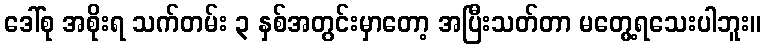
ဒေါ်စု အစိုးရ သက်တမ်း ၃ နှစ်အတွင်းမှာတော့ အပြီးသတ်တာ မတွေ့ရသေးပါဘူး။